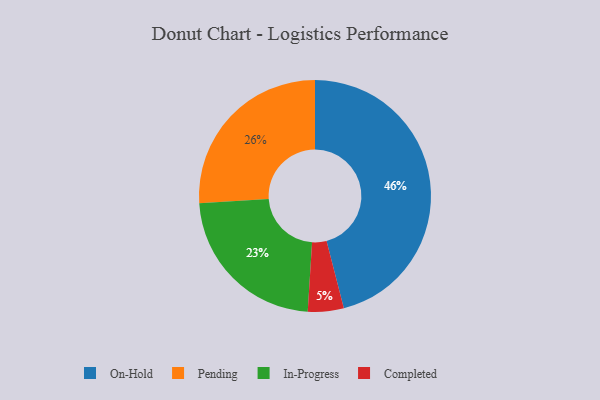
{"axis": {"x": "Category", "y": "Percentage"}, "legend": ["Completed", "In-Progress", "On-Hold", "Pending"], "data": [{"x": "Completed", "y": 5, "type": "Completed"}, {"x": "In-Progress", "y": 23, "type": "In-Progress"}, {"x": "On-Hold", "y": 46, "type": "On-Hold"}, {"x": "Pending", "y": 26, "type": "Pending"}]}